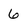
Character: 6